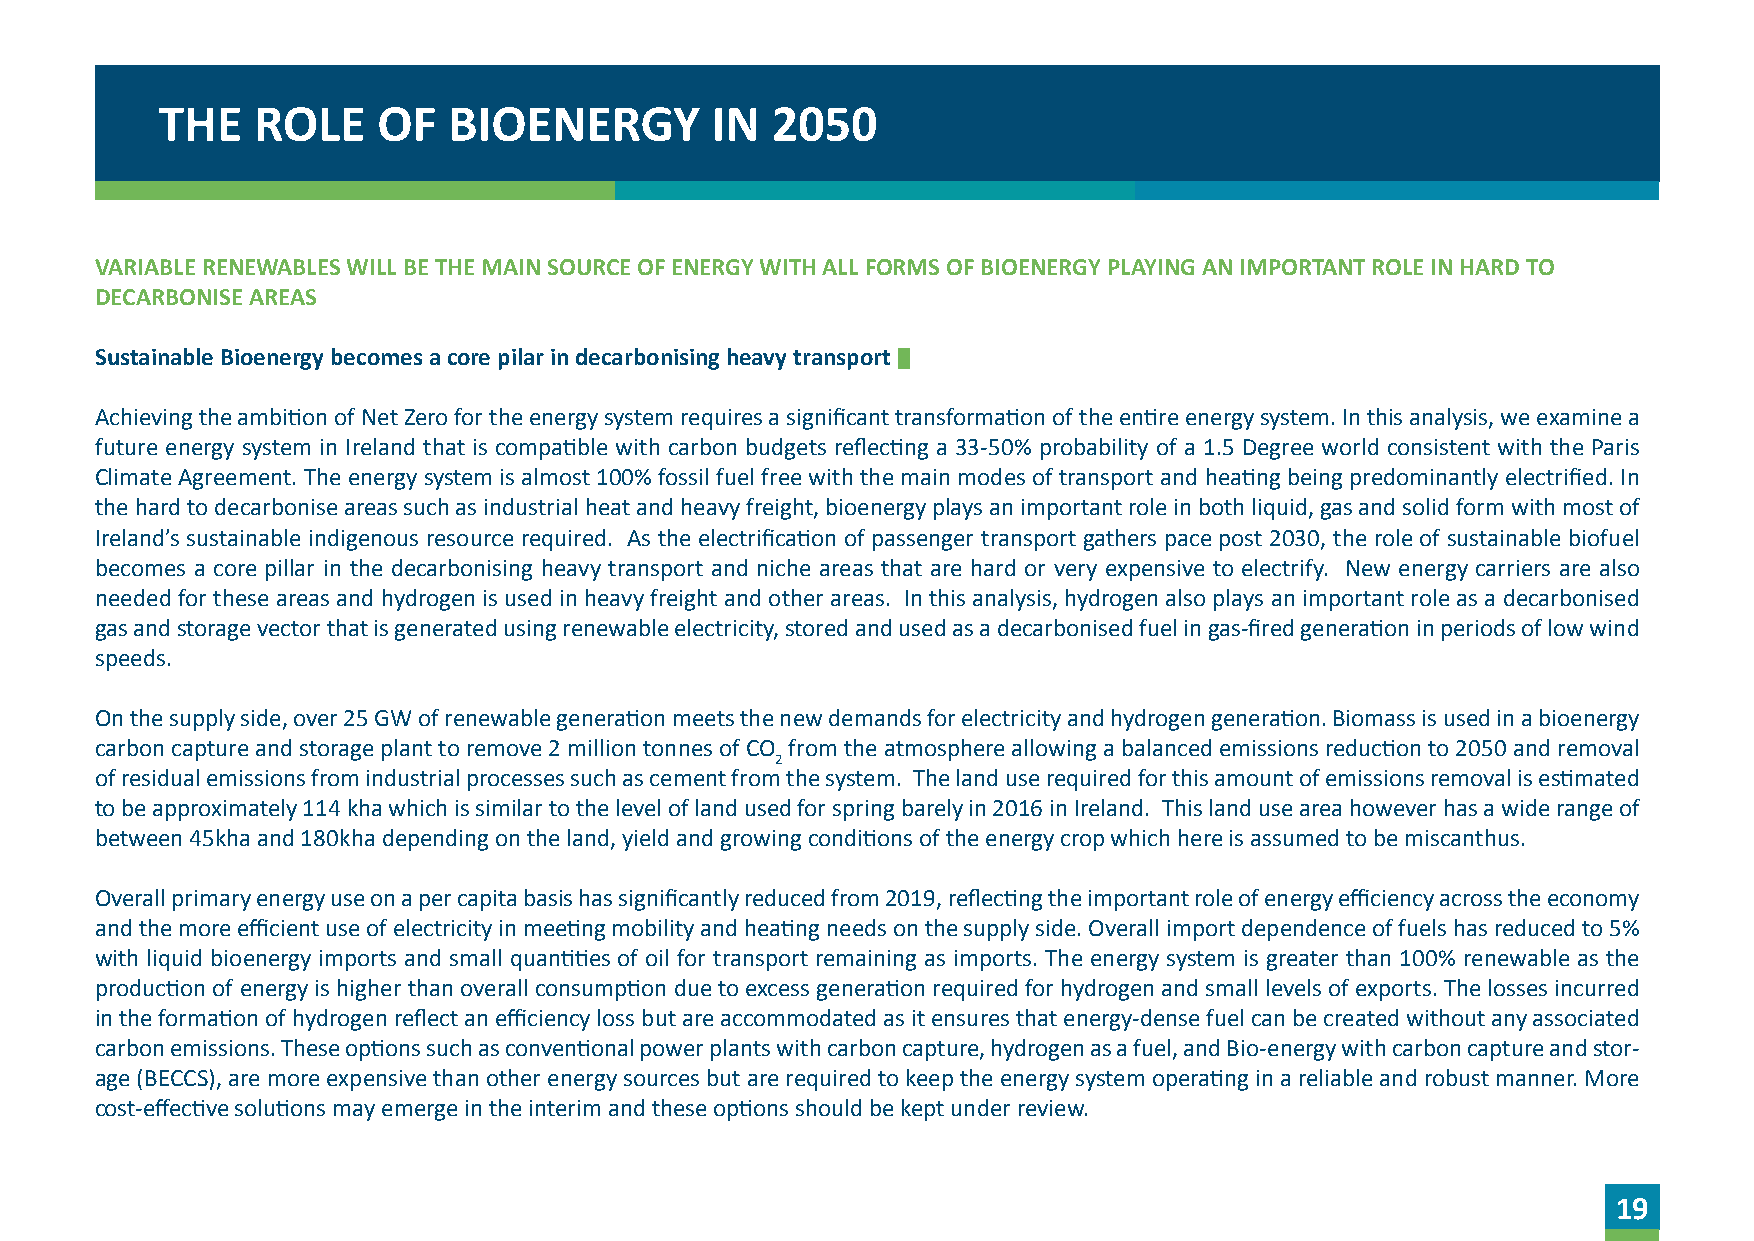
THE    ROLE    OF   BIOENERGY        IN  2050
 VARIABLE RENEWABLES WILL BE THE MAIN SOURCE OF ENERGY WITH ALL FORMS OF BIOENERGY PLAYING AN IMPORTANT ROLE IN HARD TO
 DECARBONISE AREAS
 Sustainable Bioenergy becomes a core pilar in decarbonising heavy transport
 Achieving the ambition of Net Zero for the energy system requires a significant transformation of the entire energy system. In this analysis, we examine a
 future energy system in Ireland that is compatible with carbon budgets reflecting a 33-50% probability of a 1.5 Degree world consistent with the Paris
 Climate Agreement. The energy system is almost 100% fossil fuel free with the main modes of transport and heating being predominantly electrified. In
 the hard to decarbonise areas such as industrial heat and heavy freight, bioenergy plays an important role in both liquid, gas and solid form with most of
 Ireland’s sustainable indigenous resource required. As the electrification of passenger transport gathers pace post 2030, the role of sustainable biofuel
 becomes a core pillar in the decarbonising heavy transport and niche areas that are hard or very expensive to electrify. New energy carriers are also
 needed for these areas and hydrogen is used in heavy freight and other areas. In this analysis, hydrogen also plays an important role as a decarbonised
 gas and storage vector that is generated using renewable electricity, stored and used as a decarbonised fuel in gas-fired generation in periods of low wind
 speeds.
 On the supply side, over 25 GW of renewable generation meets the new demands for electricity and hydrogen generation. Biomass is used in a bioenergy
 carbon capture and storage plant to remove 2 million tonnes of CO from the atmosphere allowing a balanced emissions reduction to 2050 and removal
 2
 of residual emissions from industrial processes such as cement from the system. The land use required for this amount of emissions removal is estimated
 to be approximately 114 kha which is similar to the level of land used for spring barely in 2016 in Ireland. This land use area however has a wide range of
 between 45kha and 180kha depending on the land, yield and growing conditions of the energy crop which here is assumed to be miscanthus.
 Overall primary energy use on a per capita basis has significantly reduced from 2019, reflecting the important role of energy efficiency across the economy
 and the more efficient use of electricity in meeting mobility and heating needs on the supply side. Overall import dependence of fuels has reduced to 5%
 with liquid bioenergy imports and small quantities of oil for transport remaining as imports. The energy system is greater than 100% renewable as the
 production of energy is higher than overall consumption due to excess generation required for hydrogen and small levels of exports. The losses incurred
 in the formation of hydrogen reflect an efficiency loss but are accommodated as it ensures that energy-dense fuel can be created without any associated
 carbon emissions. These options such as conventional power plants with carbon capture, hydrogen as a fuel, and Bio-energy with carbon capture and stor-
 age (BECCS), are more expensive than other energy sources but are required to keep the energy system operating in a reliable and robust manner. More
 cost-effective solutions may emerge in the interim and these options should be kept under review.
 19